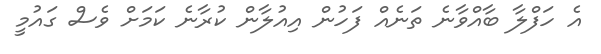
އެ ހަފްލާ ބާއްވާނެ ތަނެއް ފަހުން އިއުލާން ކުރާނެ ކަމަށް ވެސް ގައުމީ